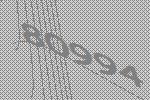
80994